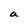
Character: a